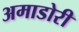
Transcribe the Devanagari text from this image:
अमाडोरी